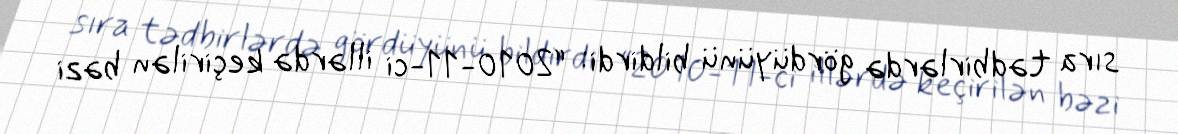
sıra tədbirlərdə gördüyünü bildirdi: “2010-11-ci illərdə keçirilən bəzi